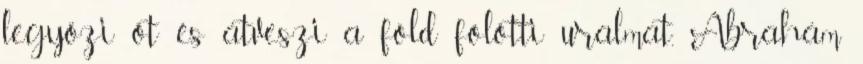
legyőzi őt és átveszi a föld fölötti uralmat, Ábrahám